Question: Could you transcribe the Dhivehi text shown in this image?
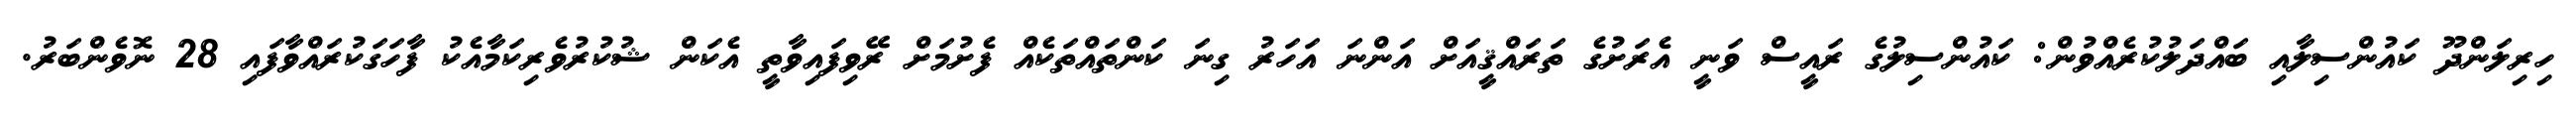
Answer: ހިރިލަންދޫ ކައުންސިލާއި ބައްދަލުކުރެއްވުން: ކައުންސިލުގެ ރައީސް ވަނީ އެރަށުގެ ތަރައްޤީއަށް އަންނަ އަހަރު ގިނަ ކަންތައްތަކެއް ފެށުމަށް ރޭވިފައިވާތީ އެކަން ޝުކުރުވެރިކަމާއެކު ފާހަގަކުރައްވާފައި 28 ނޮވެންބަރު.